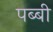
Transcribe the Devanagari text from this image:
पब्बी